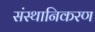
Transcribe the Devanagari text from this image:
संस्थानिकरण